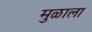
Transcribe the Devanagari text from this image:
मुळाला